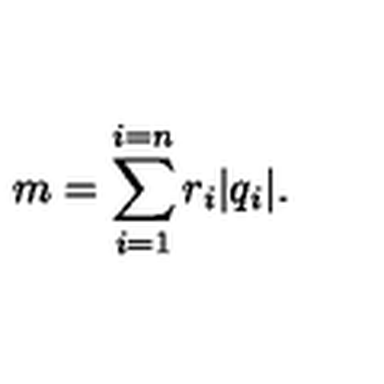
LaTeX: m = \sum _ { i = 1 } ^ { i = n } r _ { i } | q _ { i } | .